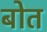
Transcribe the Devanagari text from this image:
बोत